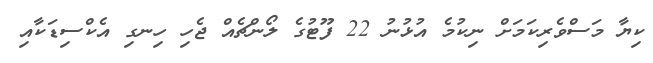
ކިޔާ މަސްވެރިކަމަށް ނިކުމެ އުޅުނު 22 ފޫޓުގެ ލޯންޗެއް ޖެހި ހިނގި އެކްސިޑަކާއި